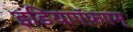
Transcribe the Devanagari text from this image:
इंडियाऍफ़एम्